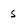
Character: s